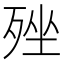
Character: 𣨎